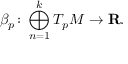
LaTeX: \beta _ { p } \colon \bigoplus _ { n = 1 } ^ { k } T _ { p } M \to \mathbf { R } .